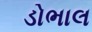
ડોભાલ